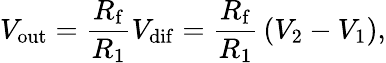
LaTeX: V_{\mathrm{out}}={\frac{R_{\mathrm{f}}}{R_{1}}}V_{\mathrm{dif}}={\frac{R_{\mathrm{f}}}{R_{1}}}\left(V_{2}-V_{1}\right),